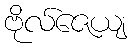
ဗိုလ်ဇေယျ